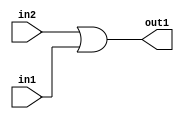
`timescale 1ps / 1ps
/*****************************************************************************
    Verilog RTL Description
    
    
    Created by: Stratus DpOpt 21.05.01 
*******************************************************************************/

module dut_Or_1Ux1U_1U_4 (
	in2,
	in1,
	out1
	); /* architecture "behavioural" */ 
input  in2,
	in1;
output  out1;
wire  asc001;

assign asc001 = 
	(in2)
	|(in1);

assign out1 = asc001;
endmodule

/* CADENCE  urb1SQw= : u9/ySxbfrwZIxEzHVQQV8Q== ** DO NOT EDIT THIS LINE ******/